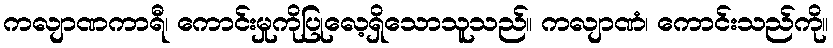
ကလျာဏကာရီ၊ ကောင်းမှုကိုပြုလေ့ရှိသောသူသည်။ ကလျာဏံ၊ ကောင်းသည်ကို။